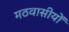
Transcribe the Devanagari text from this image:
मठवासीयों